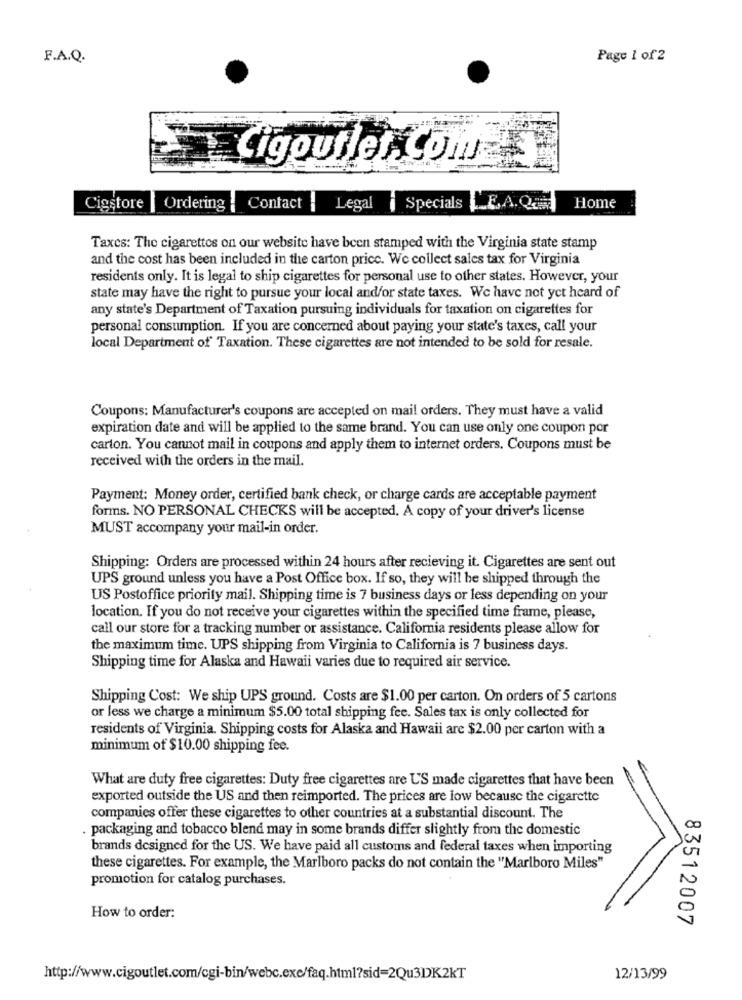
F.A.Q.
Page 1 of2
Cigoutlet, Com-
Cigstore | Ordering
Contact
--
Legal
i Specials
LEA.Q
Home
Taxes: The cigarettes on our website have been stamped with the Virginia state stamp
and the cost has been included in the carton price. We collect sales tax for Virginia
residents only. It is legal to ship cigarettes for personal use to other states. However, your
state may have the right to pursue your local and/or state taxes. We have not yet heard of
any state's Department of Taxation pursuing individuals for taxation on cigarettes for
personal consumption. If you are concerned about paying your state's taxes, call your
local Department of Taxation. These cigarettes are not intended to be sold for resale.
Coupons: Manufacturer's coupons are accepted on mail orders. They must have a valid
expiration date and will be applied to the same brand. You can use only one coupon por
carton. You cannot mail in coupons and apply them to internet orders. Coupons must be
received with the orders in the mail.
Payment: Money order, certified bank check, or charge cards are acceptable payment
forms. NO PERSONAL CHECKS will be accepted. A copy of your driver's license
MUST accompany your mail-in order.
Shipping: Orders are processed within 24 hours after recieving it. Cigarettes are sent out
UPS ground unless you have a Post Office box. If so, they will be shipped through the
US Postoffice priority mail. Shipping time is 7 business days or less depending on your
location. If you do not receive your cigarettes within the specified time frame, please,
call our store for a tracking number or assistance. California residents please allow for
the maximum time. UPS shipping from Virginia to California is 7 business days.
Shipping time for Alaska and Hawaii varies due to required air service.
Shipping Cost: We ship UPS ground. Costs are $1.00 per carton. On orders of 5 cartons
or less we charge a minimum $5.00 total shipping fee. Sales tax is only collected for
residents of Virginia. Shipping costs for Alaska and Hawaii are $2.00 per carton with a
minimum of $10.00 shipping fee.
What are duty free cigarettes: Duty free cigarettes are US made cigarettes that have been
exported outside the US and then reimported. The prices are low because the cigarette
companies offer these cigarettes to other countries at a substantial discount. The
. packaging and tobacco blend may in some brands differ slightly from the domestic
brands designed for the US. We have paid all customs and federal taxes when importing
these cigarettes. For example, the Marlboro packs do not contain the "Marlboro Miles"
promotion for catalog purchases.
How to order:
83512007
http://www.cigoutlet.com/cgi-bin/webc.exe/faq.html?sid=2Qu3DK2KT
12/13/99